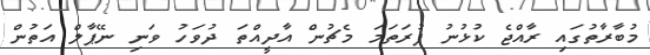
މުބާރާތުގައި ރާއްޖެ ކުޅުނު ފުރަތަމަ މެޗުން އާދީއްތަ ދުވަހު ވަނި ނޭޕާލް އަތުން